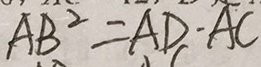
A B ^ { 2 } = A D - A C